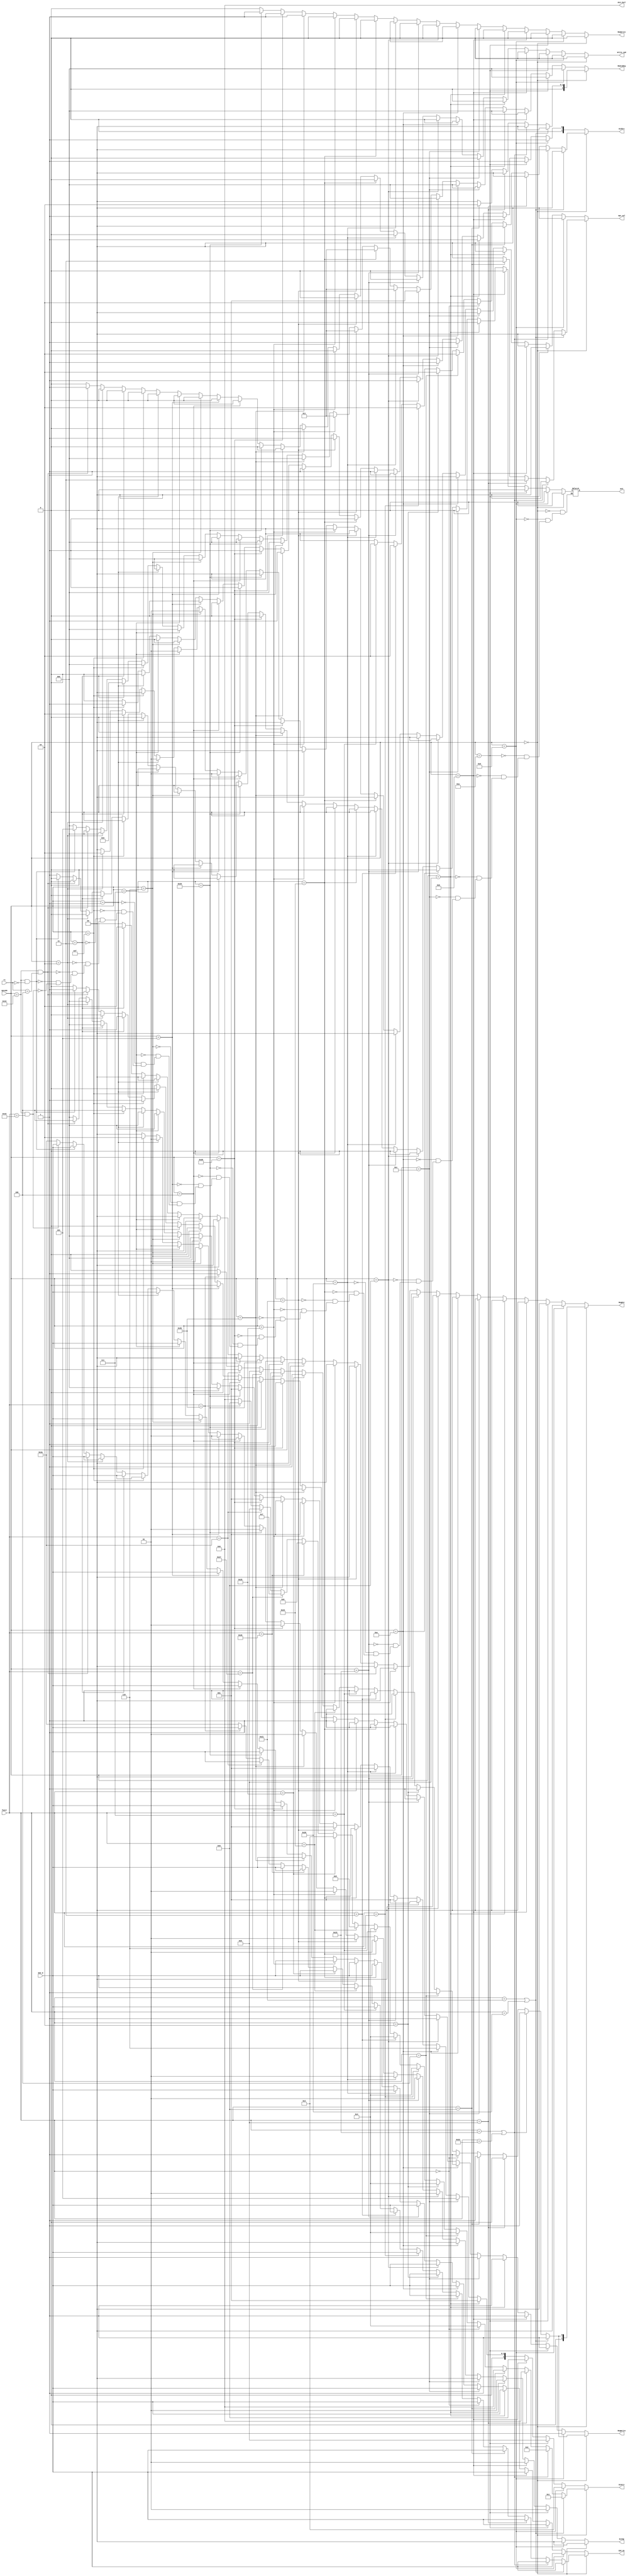
`timescale 1ns / 1ps
//////////////////////////////////////////////////////////////////////////////////
// Company: 
// Engineer: 
// 
// Design Name: 
// Module Name:    control 
// Project Name: 
// Target Devices: 
// Tool versions: 
// Description: 
//
// Dependencies: 
//
// Revision: 
// Revision 0.01 - File Created
// Additional Comments: 
//
//////////////////////////////////////////////////////////////////////////////////
module Control(opcode,funct,rs,RegDst,ALUSrc,MemtoReg,RegWrite,MemWrite,npc_sel,ExtOp,ALUctr,ALU_2sel,EXC_D,EXC_D1,Write_cp0,pc2);
	input [5:0] opcode;
	input [5:0] funct;
	input [4:0] rs;
	input [5:0] EXC_D;
	output [1:0] RegDst;
	output [1:0] ALUSrc;
	output [2:0]MemtoReg;
	output RegWrite;
	output MemWrite;
	output [1:0] npc_sel;
	output[1:0]ExtOp;
	output [3:0]ALUctr;
	output reg [3:0] ALU_2sel;
	output reg [5:0] EXC_D1;
	output reg Write_cp0;
	output reg pc2;
	
	reg [1:0] regdst1;
	reg [1:0] alusrc1;
	reg [2:0]memtoreg1;
	reg regwrite1;
	reg memwrite1;
	reg [1:0] pc1;
	reg [1:0] extop1;
	reg [3:0] aluctr1;
	
	assign RegDst=regdst1;
	assign ALUSrc=alusrc1;
	assign MemtoReg= memtoreg1;
	assign RegWrite=regwrite1;
	assign MemWrite=memwrite1;
	assign npc_sel=pc1;
	assign ExtOp=extop1;
	assign ALUctr=aluctr1;
	
	always@(*) begin
		if(opcode==0) begin
			if(funct==33||funct==32) begin //addu or add
				regdst1<=1;
				alusrc1<=0;
				memtoreg1<=0;
				regwrite1<=1;
				memwrite1<=0;
				pc1<=0;
				extop1<=0;
				aluctr1<=1;
				ALU_2sel<=0;
				Write_cp0<=0;
				EXC_D1<=EXC_D;
				pc2<=0;
			end
			else if(funct==35||funct==34) begin //subu or sub
				regdst1<=1;
				alusrc1<=0;
				memtoreg1<=0;
				regwrite1<=1;
				memwrite1<=0;
				pc1<=0;
				extop1<=0;
				aluctr1<=2;
				ALU_2sel<=0;
				Write_cp0<=0;
				EXC_D1<=EXC_D;
				pc2<=0;
			end
			else if(funct==8) begin //jr
				regdst1<=0;
				alusrc1<=0;
				memtoreg1<=0;
				regwrite1<=0;
				memwrite1<=0;
				pc1<=3;
				extop1<=0;
				aluctr1<=0;
				ALU_2sel<=0;
				Write_cp0<=0;
				EXC_D1<=EXC_D;
				pc2<=0;
			end
			else if(funct==9) begin //jalr
				regdst1<=1;
				alusrc1<=0;
				memtoreg1<=2;
				regwrite1<=1;
				memwrite1<=0;
				pc1<=3;
				extop1<=0;
				aluctr1<=0;
				ALU_2sel<=0;
				Write_cp0<=0;
				EXC_D1<=EXC_D;
				pc2<=0;
			end
			else if(funct==0) begin //sll
				regdst1<=1;
				alusrc1<=2;
				memtoreg1<=0;
				regwrite1<=1;
				memwrite1<=0;
				pc1<=0;
				extop1<=0;
				aluctr1<=4;
				ALU_2sel<=0;
				Write_cp0<=0;
				EXC_D1<=EXC_D;
				pc2<=0;
			end
			else if(funct==4)begin//sllv
				regdst1<=1;
				alusrc1<=2;
				memtoreg1<=0;
				regwrite1<=1;
				memwrite1<=0;
				pc1<=0;
				extop1<=0;
				aluctr1<=4;
				ALU_2sel<=0;
				Write_cp0<=0;
				EXC_D1<=EXC_D;
				pc2<=0;
			end
			else if(funct==2)begin//srl
				regdst1<=1;
				alusrc1<=2;
				memtoreg1<=0;
				regwrite1<=1;
				memwrite1<=0;
				pc1<=0;
				extop1<=0;
				aluctr1<=4;
				ALU_2sel<=0;
				Write_cp0<=0;
				EXC_D1<=EXC_D;
				pc2<=0;
			end
			else if(funct==6)begin//srlv
				regdst1<=1;
				alusrc1<=2;
				memtoreg1<=0;
				regwrite1<=1;
				memwrite1<=0;
				pc1<=0;
				extop1<=0;
				aluctr1<=4;
				ALU_2sel<=0;
				Write_cp0<=0;
				EXC_D1<=EXC_D;
				pc2<=0;
			end
			else if(funct==3) begin //sra
				regdst1<=1;
				alusrc1<=2;
				memtoreg1<=0;
				regwrite1<=1;
				memwrite1<=0;
				pc1<=0;
				extop1<=0;
				aluctr1<=4;
				ALU_2sel<=0;
				Write_cp0<=0;
				EXC_D1<=EXC_D;
				pc2<=0;
			end
			else if(funct==7) begin //srav
				regdst1<=1;
				alusrc1<=2;
				memtoreg1<=0;
				regwrite1<=1;
				memwrite1<=0;
				pc1<=0;
				extop1<=0;
				aluctr1<=4;
				ALU_2sel<=0;
				Write_cp0<=0;
				EXC_D1<=EXC_D;
				pc2<=0;
			end
			else if(funct==36) begin //and
				regdst1<=1;
				alusrc1<=0;
				memtoreg1<=0;
				regwrite1<=1;
				memwrite1<=0;
				pc1<=0;
				extop1<=0;
				aluctr1<=5;
				ALU_2sel<=0;
				Write_cp0<=0;
				EXC_D1<=EXC_D;
				pc2<=0;
			end
			else if(funct==37) begin //or
				regdst1<=1;
				alusrc1<=0;
				memtoreg1<=0;
				regwrite1<=1;
				memwrite1<=0;
				pc1<=0;
				extop1<=0;
				aluctr1<=3;
				ALU_2sel<=0;
				Write_cp0<=0;
				EXC_D1<=EXC_D;
				pc2<=0;
			end
			else if(funct==38) begin //xor
				regdst1<=1;
				alusrc1<=0;
				memtoreg1<=0;
				regwrite1<=1;
				memwrite1<=0;
				pc1<=0;
				extop1<=0;
				aluctr1<=6;
				ALU_2sel<=0;
				Write_cp0<=0;
				EXC_D1<=EXC_D;
				pc2<=0;
			end
			else if(funct==39) begin //nor
				regdst1<=1;
				alusrc1<=0;
				memtoreg1<=0;
				regwrite1<=1;
				memwrite1<=0;
				pc1<=0;
				extop1<=0;
				aluctr1<=7;
				ALU_2sel<=0;
				Write_cp0<=0;
				EXC_D1<=EXC_D;
				pc2<=0;
			end
			else if(funct==42) begin //slt
				regdst1<=1;
				alusrc1<=0;
				memtoreg1<=0;
				regwrite1<=1;
				memwrite1<=0;
				pc1<=0;
				extop1<=0;
				aluctr1<=8;
				ALU_2sel<=0;
				Write_cp0<=0;
				EXC_D1<=EXC_D;
				pc2<=0;
			end
			else if(funct==43) begin //sltu
				regdst1<=1;
				alusrc1<=0;
				memtoreg1<=0;
				regwrite1<=1;
				memwrite1<=0;
				pc1<=0;
				extop1<=0;
				aluctr1<=9;
				ALU_2sel<=0;
				Write_cp0<=0;
				EXC_D1<=EXC_D;
				pc2<=0;
			end
			else begin //
				regdst1<=0;
				alusrc1<=0;
				memtoreg1<=0;
				regwrite1<=0;
				memwrite1<=0;
				pc1<=0;
				extop1<=0;
				aluctr1<=0;
				ALU_2sel<=0;
				EXC_D1<=6'b1_01010;
				Write_cp0<=0;
				pc2<=0;
		end
		end
		
		else if(opcode==13) begin //ori
				regdst1<=0;
				alusrc1<=1;
				memtoreg1<=0;
				regwrite1<=1;
				memwrite1<=0;
				pc1<=0;
				extop1<=0;
				aluctr1<=3;
				ALU_2sel<=0;
				Write_cp0<=0;
				EXC_D1<=EXC_D;
				pc2<=0;
		end
		else if(opcode==10) begin //slti
				regdst1<=0;
				alusrc1<=1;
				memtoreg1<=0;
				regwrite1<=1;
				memwrite1<=0;
				pc1<=0;
				extop1<=1;
				aluctr1<=8;
				ALU_2sel<=0;
				Write_cp0<=0;
				EXC_D1<=EXC_D;
				pc2<=0;
			end
		else if(opcode==11) begin //sltiu
				regdst1<=0;
				alusrc1<=1;
				memtoreg1<=0;
				regwrite1<=1;
				memwrite1<=0;
				pc1<=0;
				extop1<=1;
				aluctr1<=9;
				ALU_2sel<=0;
				Write_cp0<=0;
				EXC_D1<=EXC_D;
				pc2<=0;
			end
		else if(opcode==8) begin //addi
				regdst1<=0;
				alusrc1<=1;
				memtoreg1<=0;
				regwrite1<=1;
				memwrite1<=0;
				pc1<=0;
				extop1<=1;
				aluctr1<=1;
				ALU_2sel<=0;
				Write_cp0<=0;
				EXC_D1<=EXC_D;
				pc2<=0;
		end
		else if(opcode==12) begin //andi
				regdst1<=0;
				alusrc1<=1;
				memtoreg1<=0;
				regwrite1<=1;
				memwrite1<=0;
				pc1<=0;
				extop1<=0;
				aluctr1<=5;
				ALU_2sel<=0;
				Write_cp0<=0;
				EXC_D1<=EXC_D;
				pc2<=0;
		end
		else if(opcode==14) begin //xori
				regdst1<=0;
				alusrc1<=1;
				memtoreg1<=0;
				regwrite1<=1;
				memwrite1<=0;
				pc1<=0;
				extop1<=0;
				aluctr1<=6;
				ALU_2sel<=0;
				Write_cp0<=0;
				EXC_D1<=EXC_D;
				pc2<=0;
		end
		else if(opcode==9) begin //addiu
				regdst1<=0;
				alusrc1<=1;
				memtoreg1<=0;
				regwrite1<=1;
				memwrite1<=0;
				pc1<=0;
				extop1<=1;
				aluctr1<=1;
				ALU_2sel<=0;
				Write_cp0<=0;
				EXC_D1<=EXC_D;
				pc2<=0;
		end
		else if(opcode==35) begin //lw
				regdst1<=0;
				alusrc1<=1;
				memtoreg1<=1;
				regwrite1<=1;
				memwrite1<=0;
				pc1<=0;
				extop1<=1;
				aluctr1<=1;
				ALU_2sel<=0;
				Write_cp0<=0;
				EXC_D1<=EXC_D;
				pc2<=0;
		end
		else if(opcode==32) begin //lb
				regdst1<=0;
				alusrc1<=1;
				memtoreg1<=3;
				regwrite1<=1;
				memwrite1<=0;
				pc1<=0;
				extop1<=1;
				aluctr1<=1;
				ALU_2sel<=0;
				Write_cp0<=0;
				EXC_D1<=EXC_D;
				pc2<=0;
		end
		else if(opcode==36) begin //lbu
				regdst1<=0;
				alusrc1<=1;
				memtoreg1<=3;
				regwrite1<=1;
				memwrite1<=0;
				pc1<=0;
				extop1<=1;
				aluctr1<=1;
				ALU_2sel<=0;
				Write_cp0<=0;
				EXC_D1<=EXC_D;
				pc2<=0;
		end
		else if(opcode==33) begin //lh
				regdst1<=0;
				alusrc1<=1;
				memtoreg1<=3;
				regwrite1<=1;
				memwrite1<=0;
				pc1<=0;
				extop1<=1;
				aluctr1<=1;
				ALU_2sel<=0;
				Write_cp0<=0;
				EXC_D1<=EXC_D;
				pc2<=0;
		end
		else if(opcode==37) begin //lhu
				regdst1<=0;
				alusrc1<=1;
				memtoreg1<=3;
				regwrite1<=1;
				memwrite1<=0;
				pc1<=0;
				extop1<=1;
				aluctr1<=1;
				ALU_2sel<=0;
				Write_cp0<=0;
				EXC_D1<=EXC_D;
				pc2<=0;
		end
		else if(opcode==43) begin //sw
				regdst1<=0;
				alusrc1<=1;
				memtoreg1<=0;
				regwrite1<=0;
				memwrite1<=1;
				pc1<=0;
				extop1<=1;
				aluctr1<=1;
				ALU_2sel<=0;
				Write_cp0<=0;
				EXC_D1<=EXC_D;
				pc2<=0;
		end
		else if(opcode==40) begin //sb
				regdst1<=0;
				alusrc1<=1;
				memtoreg1<=0;
				regwrite1<=0;
				memwrite1<=1;
				pc1<=0;
				extop1<=1;
				aluctr1<=1;
				Write_cp0<=0;
				EXC_D1<=EXC_D;
				pc2<=0;
				ALU_2sel<=0;
		end
		else if(opcode==41) begin //sh
				regdst1<=0;
				alusrc1<=1;
				memtoreg1<=0;
				regwrite1<=0;
				memwrite1<=1;
				pc1<=0;
				extop1<=1;
				aluctr1<=1;
				ALU_2sel<=0;
				Write_cp0<=0;
				EXC_D1<=EXC_D;
				pc2<=0;
		end
		else if(opcode==4) begin //beq
				regdst1<=0;
				alusrc1<=0;
				memtoreg1<=0;
				regwrite1<=0;
				memwrite1<=0;
				pc1<=1;
				extop1<=1;
				aluctr1<=0;
				ALU_2sel<=0;
				Write_cp0<=0;
				EXC_D1<=EXC_D;
				pc2<=0;
		end
		else if(opcode==5) begin //bne
				regdst1<=0;
				alusrc1<=0;
				memtoreg1<=0;
				regwrite1<=0;
				memwrite1<=0;
				pc1<=1;
				extop1<=1;
				aluctr1<=0;
				ALU_2sel<=0;
				Write_cp0<=0;
				EXC_D1<=EXC_D;
				pc2<=0;
		end
		else if(opcode==6) begin //blez
				regdst1<=0;
				alusrc1<=0;
				memtoreg1<=0;
				regwrite1<=0;
				memwrite1<=0;
				pc1<=1;
				extop1<=1;
				aluctr1<=0;
				ALU_2sel<=0;
				Write_cp0<=0;
				EXC_D1<=EXC_D;
				pc2<=0;
		end
		else if(opcode==7) begin //bgtz
				regdst1<=0;
				alusrc1<=0;
				memtoreg1<=0;
				regwrite1<=0;
				memwrite1<=0;
				pc1<=1;
				extop1<=1;
				aluctr1<=0;
				ALU_2sel<=0;
				Write_cp0<=0;
				EXC_D1<=EXC_D;
				pc2<=0;
		end
		else if(opcode==1) begin //bltz or bgez
				regdst1<=0;
				alusrc1<=0;
				memtoreg1<=0;
				regwrite1<=0;
				memwrite1<=0;
				pc1<=1;
				extop1<=1;
				aluctr1<=0;
				ALU_2sel<=0;
				Write_cp0<=0;
				EXC_D1<=EXC_D;
				pc2<=0;
		end
		else if(opcode==15) begin //lui
				regdst1<=0;
				alusrc1<=1;
				memtoreg1<=0;
				regwrite1<=1;
				memwrite1<=0;
				pc1<=0;
				extop1<=2;
				aluctr1<=4;
				ALU_2sel<=0;
				Write_cp0<=0;
				EXC_D1<=EXC_D;
				pc2<=0;
		end
		else if(opcode==3) begin //jal
				regdst1<=2;
				alusrc1<=0;
				memtoreg1<=2;
				regwrite1<=1;
				memwrite1<=0;
				pc1<=2;
				extop1<=0;
				aluctr1<=0;
				ALU_2sel<=0;
				Write_cp0<=0;
				EXC_D1<=EXC_D;
				pc2<=0;
		end
		else if(opcode==2) begin//j
				regdst1<=0;
				alusrc1<=0;
				memtoreg1<=0;
				regwrite1<=0;
				memwrite1<=0;
				pc1<=2;
				extop1<=0;
				aluctr1<=0;
				ALU_2sel<=0;
				Write_cp0<=0;
				EXC_D1<=EXC_D;
				pc2<=0;
		end
		else if(opcode==16&&rs==4) begin//mtco
				regdst1<=0;
				alusrc1<=0;
				memtoreg1<=0;
				regwrite1<=0;
				memwrite1<=0;
				pc1<=0;
				extop1<=0;
				aluctr1<=4;
				ALU_2sel<=0;
				Write_cp0<=1;
				EXC_D1<=EXC_D;
				pc2<=0;
		end
		else if(opcode==16&&rs==0) begin//mfc0
				regdst1<=0;
				alusrc1<=0;
				memtoreg1<=5;
				regwrite1<=1;
				memwrite1<=0;
				pc1<=0;
				extop1<=0;
				aluctr1<=0;
				ALU_2sel<=0;
				Write_cp0<=0;
				EXC_D1<=EXC_D;
				pc2<=0;
		end
		else if(opcode==16&&funct==24) begin//eret
				regdst1<=0;
				alusrc1<=0;
				memtoreg1<=0;
				regwrite1<=0;
				memwrite1<=0;
				pc1<=0;
				extop1<=0;
				aluctr1<=0;
				ALU_2sel<=0;
				Write_cp0<=0;
				pc2<=1;
				EXC_D1<=EXC_D;
		end
		else begin
				regdst1<=0;
				alusrc1<=0;
				memtoreg1<=0;
				regwrite1<=0;
				memwrite1<=0;
				pc1<=0;
				extop1<=0;
				aluctr1<=0;
				ALU_2sel<=0;
				Write_cp0<=0;
				EXC_D1<=6'b1_01010;
		end
	end

endmodule